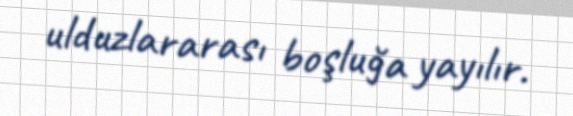
ulduzlararası boşluğa yayılır.